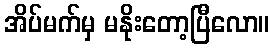
အိပ်မက်မှ မနိုးတော့ပြီလော။